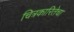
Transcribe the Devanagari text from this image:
चित्रकारितेचा